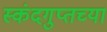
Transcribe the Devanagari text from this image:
स्कंदगुप्तच्या